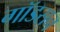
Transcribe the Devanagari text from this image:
गॉडसन